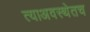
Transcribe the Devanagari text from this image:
त्याअवस्थेतच